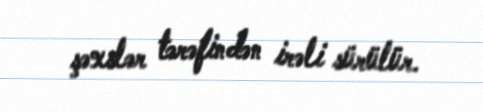
şəxslər tərəfindən irəli sürülür.